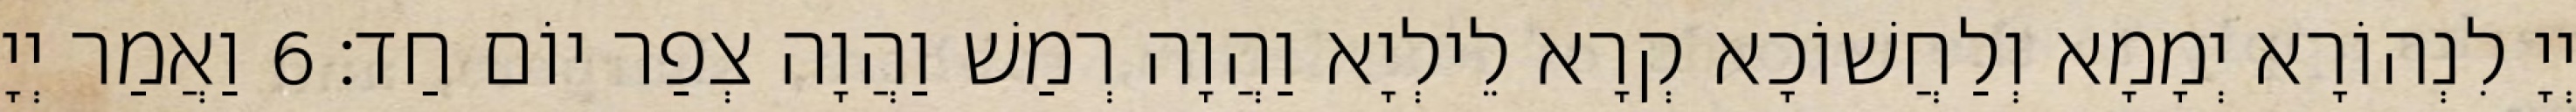
יְיָ לִנְהוֹרָא יְמָמָא וְלַחֲשׁוֹכָא קְרָא לֵילְיָא וַהֲוָה רְמַשׁ וַהֲוָה צְפַר יוֹם חַד׃ 6 וַאֲמַר יְיָ